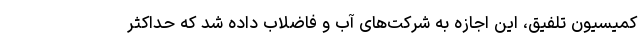
کمیسیون تلفیق، این اجازه به شرکت‌های آب و فاضلاب داده شد که حداکثر